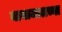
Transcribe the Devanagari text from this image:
मायाजालच्या